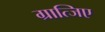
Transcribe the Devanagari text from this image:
ग्रात्जिए